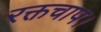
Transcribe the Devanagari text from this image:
रक्तचाप।